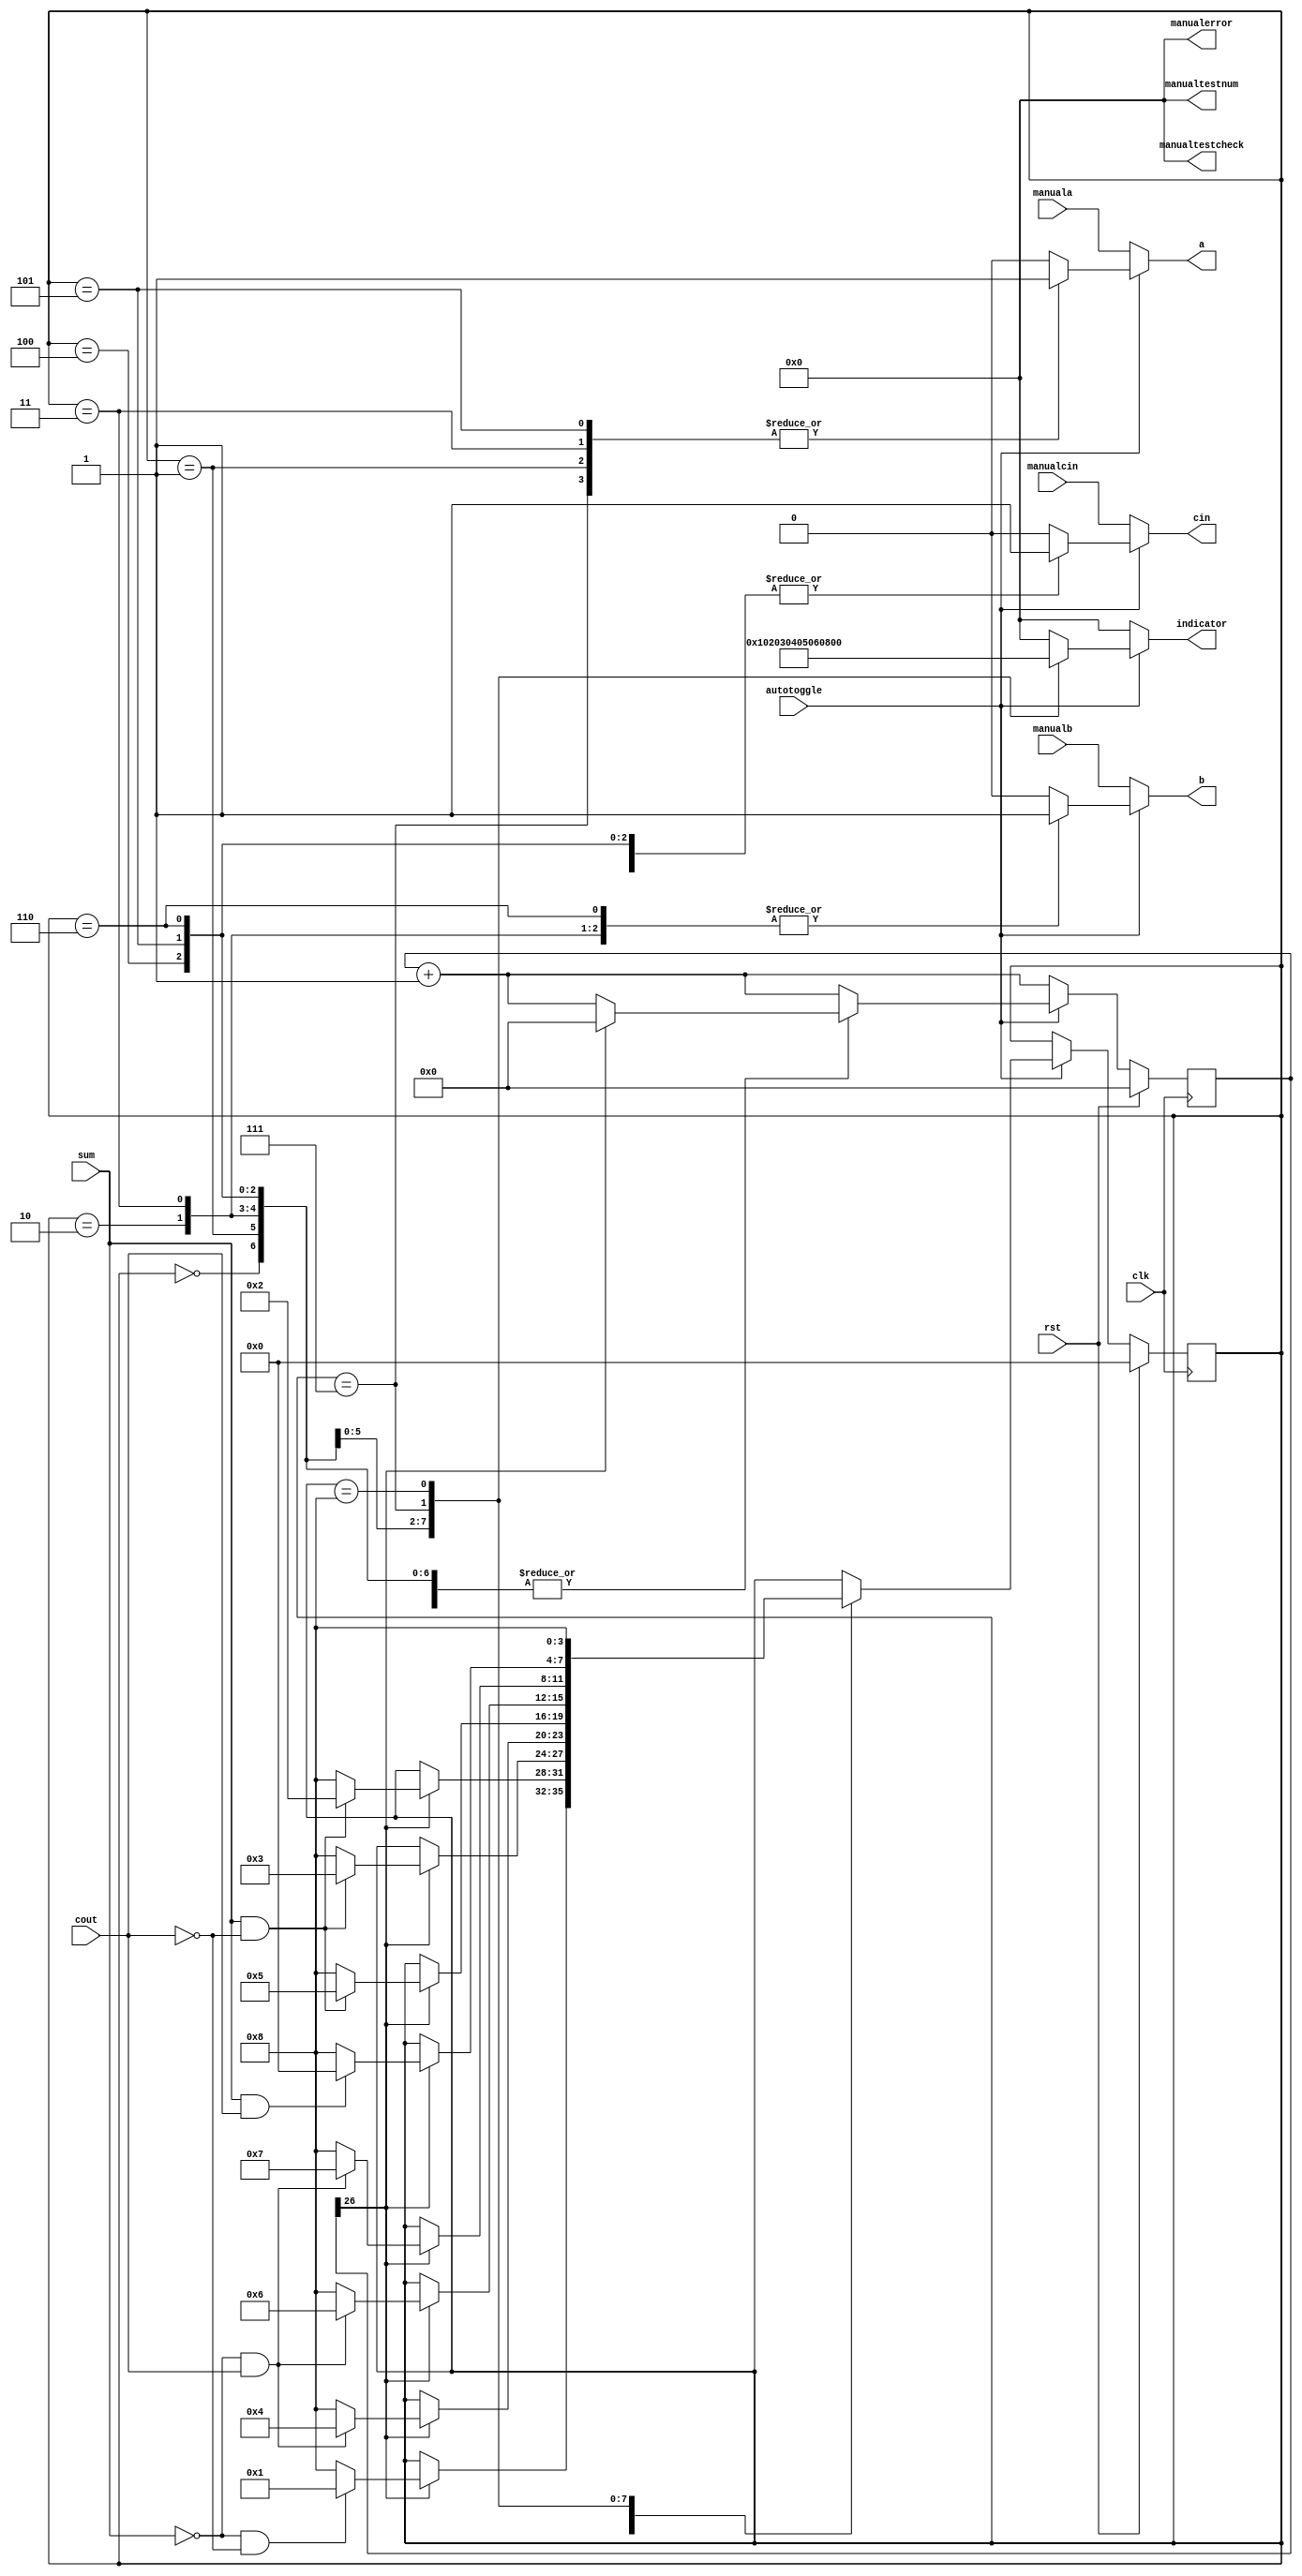
module mhp_1d_2 (
    input clk,
    input rst,
    input sum,
    input cout,
    output reg a,
    output reg b,
    output reg cin,
    output reg [7:0] indicator,
    input autotoggle,
    output reg [7:0] manualtestcheck,
    output reg [7:0] manualtestnum,
    output reg [7:0] manualerror,
    input manuala,
    input manualb,
    input manualcin
  );
  
  
  
  reg [26:0] M_clock_d, M_clock_q = 1'h0;
  localparam NONE_tester = 4'd0;
  localparam A_tester = 4'd1;
  localparam B_tester = 4'd2;
  localparam A_B_tester = 4'd3;
  localparam CIN_tester = 4'd4;
  localparam A_CIN_tester = 4'd5;
  localparam B_CIN_tester = 4'd6;
  localparam ALL_tester = 4'd7;
  localparam ERROR_tester = 4'd8;
  
  reg [3:0] M_tester_d, M_tester_q = NONE_tester;
  
  always @* begin
    M_tester_d = M_tester_q;
    M_clock_d = M_clock_q;
    
    M_clock_d = M_clock_q + 1'h1;
    a = 1'h0;
    b = 1'h0;
    cin = 1'h0;
    indicator = 8'h00;
    manualtestcheck = 8'h00;
    manualtestnum = 8'h00;
    manualerror = 8'h00;
    if (autotoggle == 1'h1) begin
      
      case (M_tester_q)
        NONE_tester: begin
          a = 1'h0;
          b = 1'h0;
          cin = 1'h0;
          indicator = 8'h00;
          if (M_clock_q[26+0-:1] == 1'h1) begin
            M_clock_d = 1'h0;
            if (sum == 1'h0 && cout == 1'h0) begin
              M_tester_d = A_tester;
            end else begin
              M_tester_d = ERROR_tester;
            end
          end
        end
        A_tester: begin
          a = 1'h1;
          b = 1'h0;
          cin = 1'h0;
          indicator = 8'h01;
          if (M_clock_q[26+0-:1] == 1'h1) begin
            M_clock_d = 1'h0;
            if (sum == 1'h1 && cout == 1'h0) begin
              M_tester_d = B_tester;
            end else begin
              M_tester_d = ERROR_tester;
            end
          end
        end
        B_tester: begin
          a = 1'h0;
          b = 1'h1;
          cin = 1'h0;
          indicator = 8'h02;
          if (M_clock_q[26+0-:1] == 1'h1) begin
            M_clock_d = 1'h0;
            if (sum == 1'h1 && cout == 1'h0) begin
              M_tester_d = A_B_tester;
            end else begin
              M_tester_d = ERROR_tester;
            end
          end
        end
        A_B_tester: begin
          a = 1'h1;
          b = 1'h1;
          cin = 1'h0;
          indicator = 8'h03;
          if (M_clock_q[26+0-:1] == 1'h1) begin
            M_clock_d = 1'h0;
            if (sum == 1'h0 && cout == 1'h1) begin
              M_tester_d = CIN_tester;
            end else begin
              M_tester_d = ERROR_tester;
            end
          end
        end
        CIN_tester: begin
          a = 1'h0;
          b = 1'h0;
          cin = 1'h1;
          indicator = 8'h04;
          if (M_clock_q[26+0-:1] == 1'h1) begin
            M_clock_d = 1'h0;
            if (sum == 1'h1 && cout == 1'h0) begin
              M_tester_d = A_CIN_tester;
            end else begin
              M_tester_d = ERROR_tester;
            end
          end
        end
        A_CIN_tester: begin
          a = 1'h1;
          b = 1'h0;
          cin = 1'h1;
          indicator = 8'h05;
          if (M_clock_q[26+0-:1] == 1'h1) begin
            M_clock_d = 1'h0;
            if (sum == 1'h0 && cout == 1'h1) begin
              M_tester_d = B_CIN_tester;
            end else begin
              M_tester_d = ERROR_tester;
            end
          end
        end
        B_CIN_tester: begin
          a = 1'h0;
          b = 1'h1;
          cin = 1'h1;
          indicator = 8'h06;
          if (M_clock_q[26+0-:1] == 1'h1) begin
            M_clock_d = 1'h0;
            if (sum == 1'h0 && cout == 1'h1) begin
              M_tester_d = ALL_tester;
            end else begin
              M_tester_d = ERROR_tester;
            end
          end
        end
        ALL_tester: begin
          a = 1'h1;
          b = 1'h1;
          cin = 1'h1;
          indicator = 8'h07;
          if (M_clock_q[26+0-:1] == 1'h1) begin
            M_clock_d = 1'h0;
            if (sum == 1'h1 && cout == 1'h1) begin
              M_tester_d = NONE_tester;
            end else begin
              M_tester_d = ERROR_tester;
            end
          end
        end
        ERROR_tester: begin
          a = 1'h0;
          b = 1'h0;
          cin = 1'h0;
          indicator = 8'hff;
          M_tester_d = ERROR_tester;
        end
      endcase
    end else begin
      a = manuala;
      b = manualb;
      cin = manualcin;
    end
  end
  
  always @(posedge clk) begin
    if (rst == 1'b1) begin
      M_clock_q <= 1'h0;
      M_tester_q <= 1'h0;
    end else begin
      M_clock_q <= M_clock_d;
      M_tester_q <= M_tester_d;
    end
  end
  
endmodule